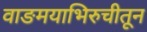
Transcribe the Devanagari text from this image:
वाङमयाभिरुचीतून